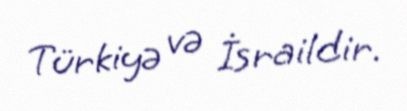
Türkiyə və İsraildir.